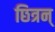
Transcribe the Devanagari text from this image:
छित्रन्